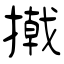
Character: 撠